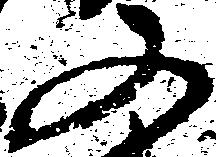
又